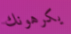
يكرهونك